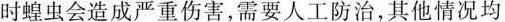
时蝗虫会造成严重伤害，需要人工防治，其他情况均